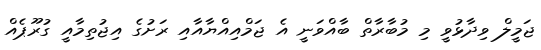
ޖަމީލް ވިދާޅުވީ މި މުބާރާތް ބާއްވަނީ އެ ޖަމްއިއްޔާއާއި ރަށުގެ އިޖުތިމާއީ ގުރޫޕެއް